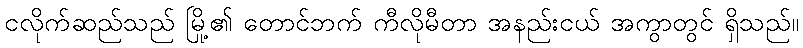
ငလိုက်ဆည်သည် မြို့၏ တောင်ဘက် ကီလိုမီတာ အနည်းငယ် အကွာတွင် ရှိသည်။